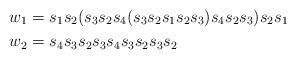
LaTeX: \begin{align*} & w_1 = s_1 s_2 (s_3 s_2 s_4 (s_3 s_2 s_1 s_2 s_3) s_4 s_2 s_3) s_2 s_1 \\ & w_2 = s_4 s_3 s_2 s_3 s_4 s_3 s_2 s_3 s_2 \\ \end{align*}